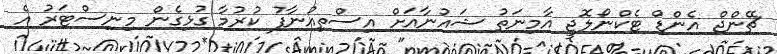
ޗޭންޖް އެންޑް ޓެކްނޯލޮޖީ އާމިނަތު ޝައުނާއަށް އިސްތިއުނާފު ކުރުމާ ގުޅިގެން މިނިސްޓަރު އެ